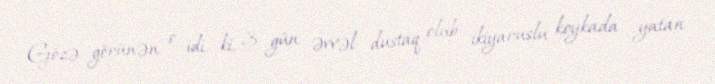
Gözə görünən o idi ki, 3 gün əvvəl dustaq olub ikiyaruslu koykada yatan